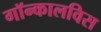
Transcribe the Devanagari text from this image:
गॉन्कालविस